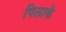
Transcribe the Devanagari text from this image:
पिलाके